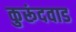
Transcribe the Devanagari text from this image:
कुरूंदवाड